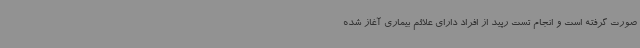
صورت گرفته است و انجام تست رپید از افراد دارای علائم بیماری آغاز شده